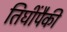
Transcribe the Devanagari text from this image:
तिघींपैकी